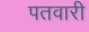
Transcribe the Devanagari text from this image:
पतवारी